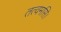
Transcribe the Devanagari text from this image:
तत्वमसि।